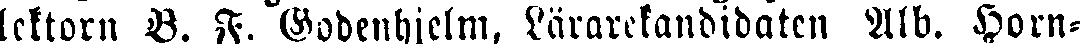
lektorn B. F. Godenhjelm, Lärarekandidaten Alb. Horn-